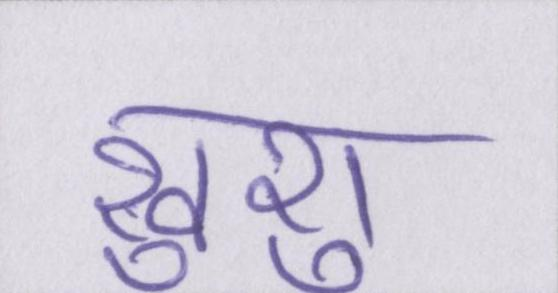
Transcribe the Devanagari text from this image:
खुशु